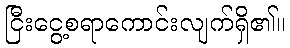
ငြီးငွေ့စရာကောင်းလျက်ရှိ၏။